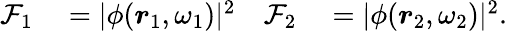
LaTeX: \begin{array}{rlrl}{\mathcal{F}_{1}}&{{}=|\phi(\boldsymbol{r}_{1},\omega_{1})|^{2}}&{\mathcal{F}_{2}}&{{}=|\phi(\boldsymbol{r}_{2},\omega_{2})|^{2}.}\end{array}